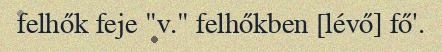
felhők feje "v." felhőkben [lévő] fő'.